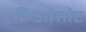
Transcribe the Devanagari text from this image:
क्रिओसोट